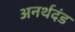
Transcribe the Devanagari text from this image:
अनर्थदंड